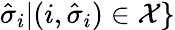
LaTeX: \hat{\sigma}_{i}|(i,\hat{\sigma}_{i})\in\mathcal{X}\}